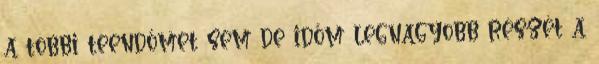
a többi teendőmet sem de időm legnagyobb részét a